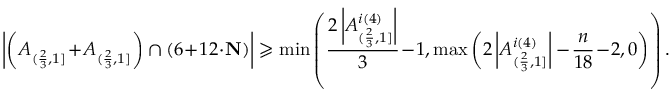
\left| \left( A _ { ( \frac { 2 } { 3 } , 1 ] } \! + \! A _ { ( \frac { 2 } { 3 } , 1 ] } \right) \cap ( 6 \! + \! 1 2 \! \cdot \! \mathbf { N } ) \right| \geqslant \operatorname* { m i n } \left( \frac { 2 \left| A _ { ( \frac { 2 } { 3 } , 1 ] } ^ { i ( 4 ) } \right| } { 3 } \! - \! 1 , \operatorname* { m a x } \left( 2 \left| A _ { ( \frac { 2 } { 3 } , 1 ] } ^ { i ( 4 ) } \right| - \! \frac { n } { 1 8 } \! - \! 2 , 0 \right) \right) .